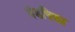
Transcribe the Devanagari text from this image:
मंडपिका